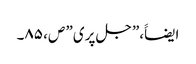
ایضاََ،”جل پری” ص، ۸۵۔